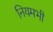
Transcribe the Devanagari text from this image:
नियमभी